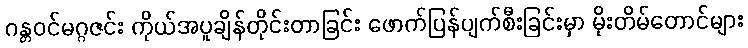
ဂန္တဝင်မဂ္ဂဇင်း ကိုယ်အပူချိန်တိုင်းတာခြင်း ဖောက်ပြန်ပျက်စီးခြင်းမှာ မိုးတိမ်တောင်များ